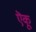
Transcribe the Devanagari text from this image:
ऎकू